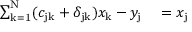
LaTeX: \begin{array} { r l } { \sum _ { \mathrm { k = 1 } } ^ { \mathrm { N } } ( c _ { \mathrm { j k } } + \delta _ { \mathrm { j k } } ) x _ { \mathrm { k } } - y _ { \mathrm { j } } } & { { } = x _ { \mathrm { j } } } \end{array}